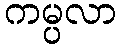
ကမ္ပလာ